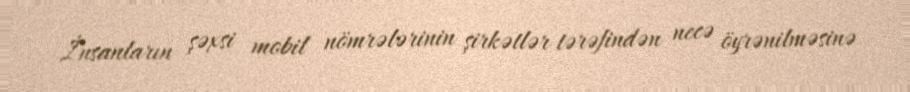
İnsanların şəxsi mobil nömrələrinin şirkətlər tərəfindən necə öyrənilməsinə